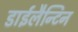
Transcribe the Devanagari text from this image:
डाईलैन्टिन